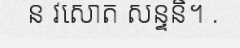
ន វសោត សន្ទនិ។ .